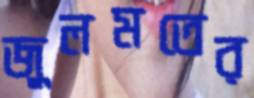
জুলমতের